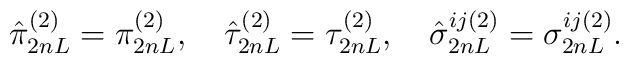
\hat\pi_{2nL}^{(2)} = \pi_{2nL}^{(2)}, \quad \hat\tau_{2nL}^{(2)} = \tau_{2nL}^{(2)}, \quad \hat\sigma_{2nL}^{ij(2)} = \sigma_{2nL}^{ij(2)} .